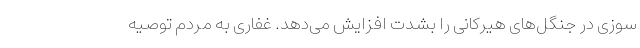
سوزی در جنگل‌های هیرکانی را بشدت افزایش می‌دهد. غفاری به مردم توصیه